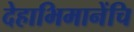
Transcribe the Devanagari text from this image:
देहाभिमानेंचि